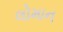
લોમાન